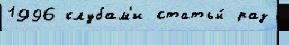
1996 клубам'и статьи́ раз